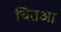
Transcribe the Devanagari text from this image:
चितआ